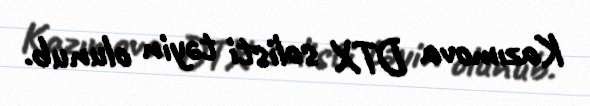
Kazımova DTX solisti təyin olunub.